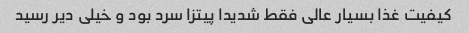
کیفیت غذا بسیار عالی فقط شدیدا پیتزا سرد بود و خیلی دیر رسید